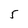
Character: 5